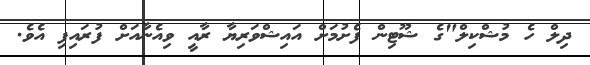
ދިލް ހެ މުޝްކިލް"ގެ ޝޫޓިން ފެށުމަށް އައިޝްވަރިޔާ ރާއީ ވިއެނާއަށް ފުރައިފި އެވެ.